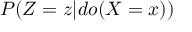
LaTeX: P ( Z = z | d o ( X = x ) )